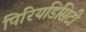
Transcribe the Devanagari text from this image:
पिरियडिसिटी